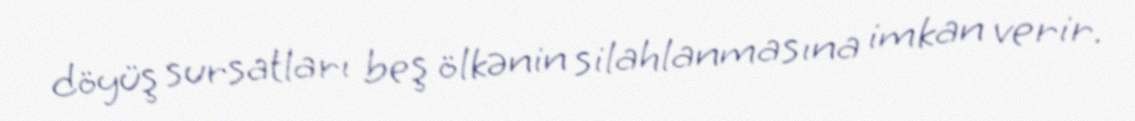
döyüş sursatları beş ölkənin silahlanmasına imkan verir.